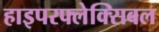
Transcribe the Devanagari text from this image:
हाइपरफ्लेक्सिबल